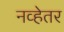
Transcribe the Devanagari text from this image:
नव्हेतर